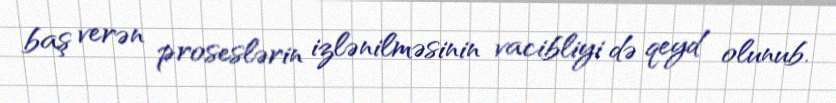
baş verən proseslərin izlənilməsinin vacibliyi də qeyd olunub.